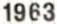
1963